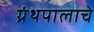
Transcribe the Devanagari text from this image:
ग्रंथपालाचे